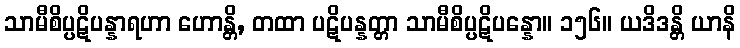
သာမီစိပ္ပဋိပန္နာရဟာ ဟောန္တိ, တထာ ပဋိပန္နတ္တာ သာမီစိပ္ပဋိပန္နော။ ၁၅၆။ ယဒိဒန္တိ ယာနိ